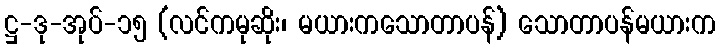
ဋ္ဌ-ဒု-အုပ်-၁၅ (လင်ကမုဆိုး၊ မယားကသောတာပန်) သောတာပန်မယားက